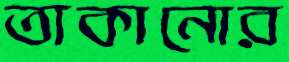
তাকানোর